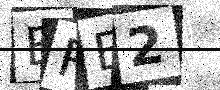
Text: BRE2